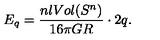
E _ { q } = \frac { n l V o l ( S ^ { n } ) } { 1 6 \pi G R } \cdot 2 q .